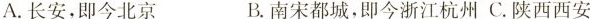
A.长安，即今北京 B.南宋都城，即今浙江杭州 C.陕西西安